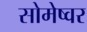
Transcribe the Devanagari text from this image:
सोमेष्वर